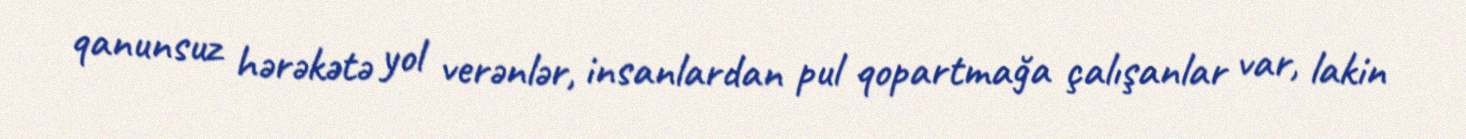
qanunsuz hərəkətə yol verənlər, insanlardan pul qopartmağa çalışanlar var, lakin